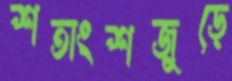
শতাংশজুড়ে